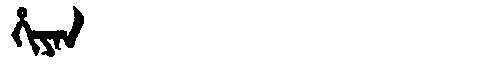
Manchu: ᡥᡳᠶᠠᠨ
Romanization: HIYAN